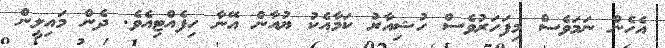
އެހެން ނަމަވެސް މިފަހަރުވެސް ހުޝިއާރު ކަމާއެކު ޔުއާން އޭނާ ހިފެއްޓިއެވެ. ދެން މައިލީން